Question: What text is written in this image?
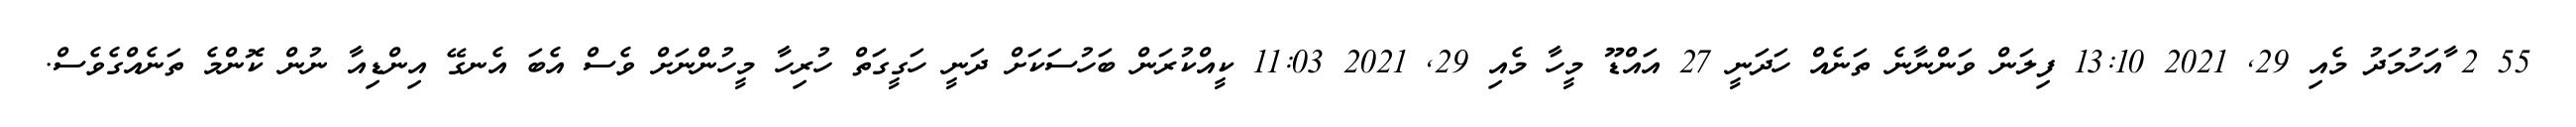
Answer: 55 2 ާއަހުމަދު މެއި 29, 2021 13:10 ފިލަން ވަންނާނެ ތަނެއް ހަދަނީ 27 އައްޑޫ މީހާ މެއި 29, 2021 11:03 ކީއްކުރަން ބަހުސަކަށް ދަނީ ހަގީގަތް ހުރިހާ މީހުންނަށް ވެސް އެބަ އެނގޭ އިންޑިއާ ނުން ކޮންމެ ތަނެއްގެވެސް.